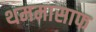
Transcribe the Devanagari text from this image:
थममासाफ